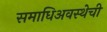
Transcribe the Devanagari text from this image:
समाधिअवस्थेची